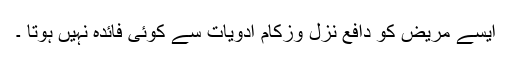
ایسے مریض کو دافع نزل وزکام ادویات سے کوئی فائدہ نہیں ہوتا ۔